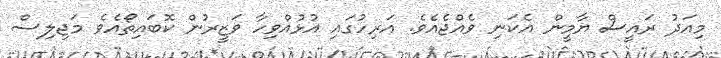
މިއަދު ރައީސް ޔާމީން އެކަނި ވެއްޖެއެވެ. އަރިހުގައި އުޅުއްވިހާ ވަޒީރުން ކޮބައިތޯއެވެ މަޖިލިސް